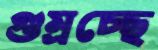
গুম্‌রচ্ছে